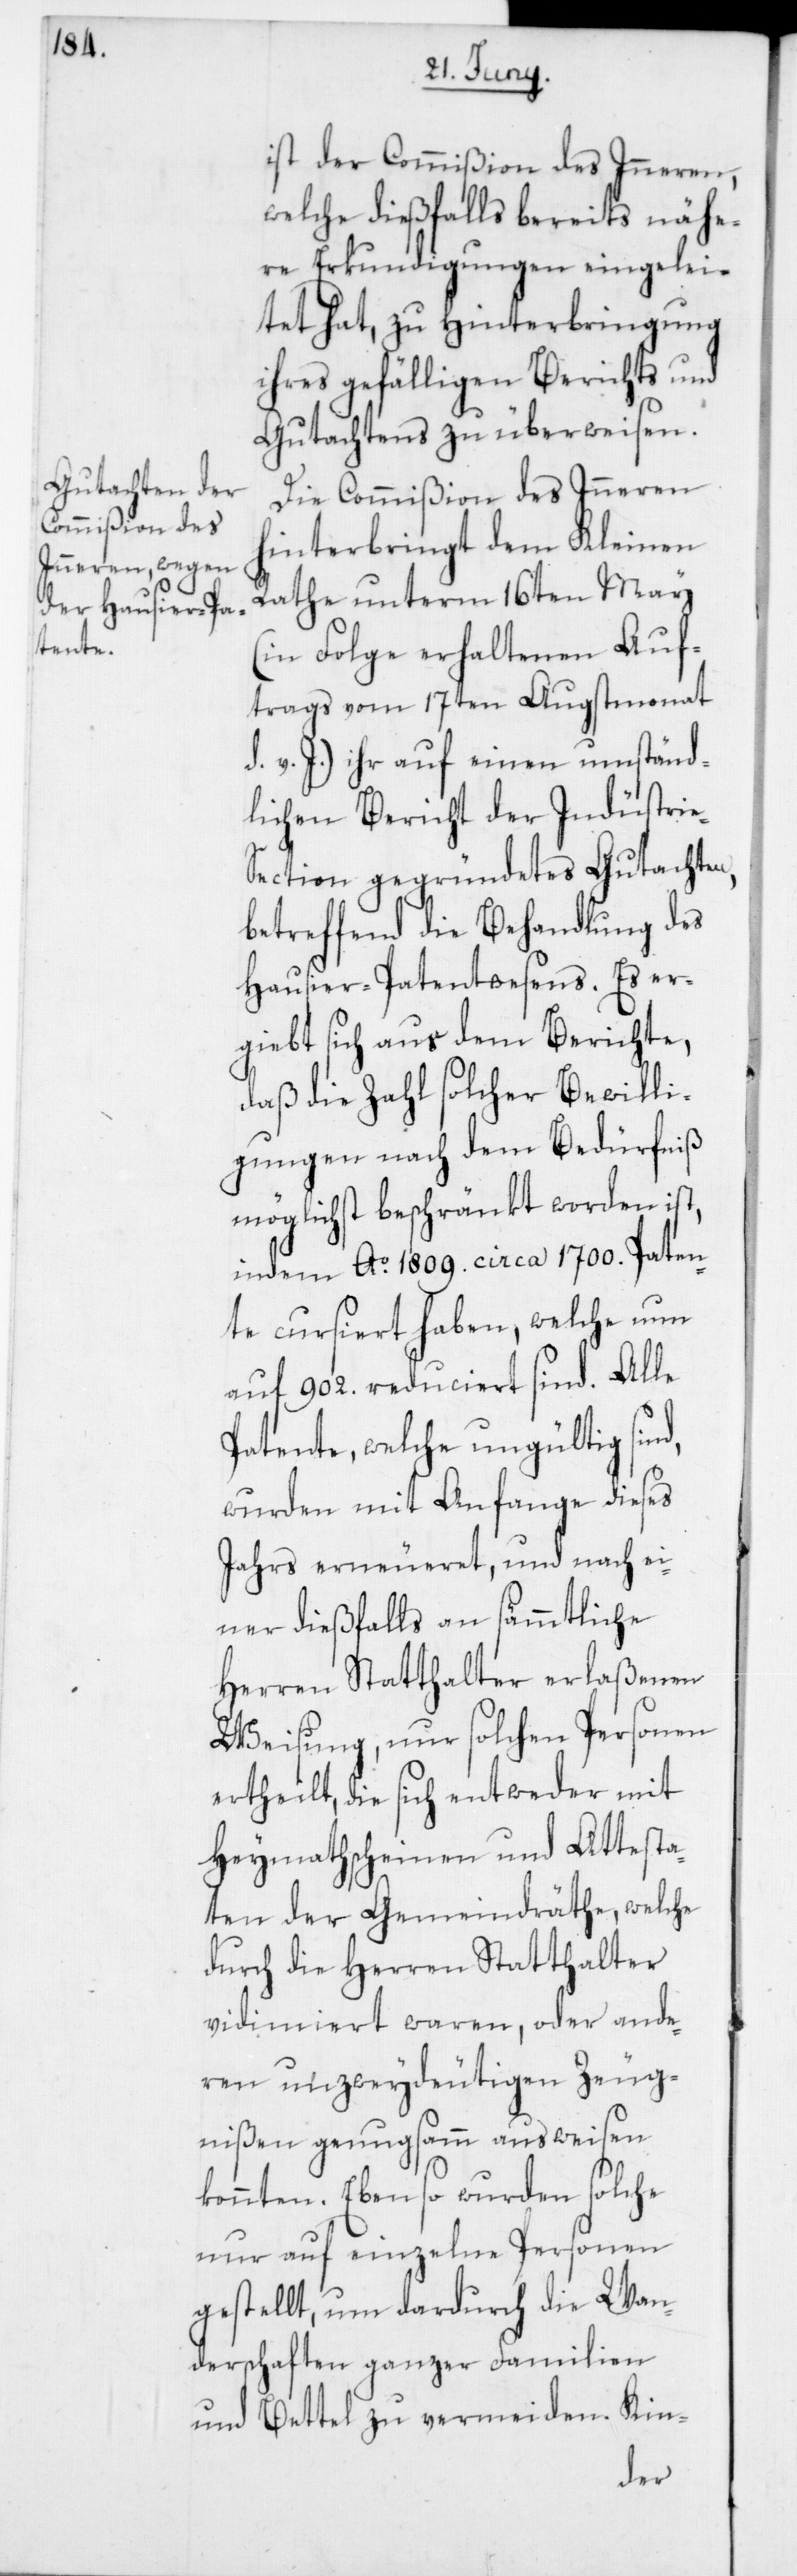
ist der Commißion des Inneren,
welche dießfalls bereits nähe¬
re Erkundigungen eingelei¬
tet hat, zu Hinterbringung
ihres gefälligen Berichts und
Gutachtens zu überweisen.
Die Commißion des Inneren
hinterbringt dem Kleinen
Rathe unterm 16ten May
(in Folge erhaltenen Auf¬
trags vom 17ten Augstmonat
d. v. J.) ihr auf einen umständ¬
lichen Bericht der Industri¬
e-Section gegründetes Gutachten,
betreffend die Behandlung des
Hausier-Patentwesens. Es er¬
giebt sich aus dem Berichte,
daß die Zahl solcher Bewilli¬
gungen nach dem Bedürfniß
möglichst beschränkt worden ist,
indem Ao 1809. circa 1700. Paten¬
te cursiert haben, welche nun
auf 902. reduciert sind. Alle
Patente, welche ungültig sind,
wurden mit Anfange dieses
Jahrs erneueret, und nach ei¬
ner dießfalls an sämmtliche
Herren Statthalter erlaßenen
Weisung, nur solchen Personen
ertheilt, die sich entweder mit
Heymathscheinen und Attesta¬
ten der Gemeindräthe, welche
durch die Herren Statthalter
vidimiert waren, oder ande¬
ren unzweydeutigen Zeug¬
nißen genugsamm ausweisen
konnten. Eben so wurden solche
nur auf einzelne Personen
gestellt, um dardurch die Wan¬
derschaften ganzer Familien
und Bettel zu vermeiden. Kin-